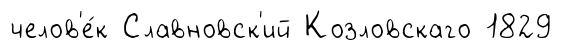
челов'е́к Славновск'ий Козловскаго 1829